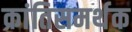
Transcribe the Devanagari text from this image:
क्रांतिसमर्थक